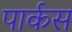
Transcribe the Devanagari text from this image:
पार्कस